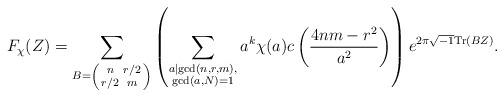
LaTeX: \begin{align*} F_{\chi}(Z) = \sum_{B = \left(\begin{smallmatrix} n & r/2 \\ r/2 & m\end{smallmatrix} \right)} \left( \sum_{\substack{a \mid \gcd(n,r,m),\\ \gcd(a,N)=1}} a^k\chi(a) c\left(\frac{4nm-r^2}{a^2}\right) \right) e^{2\pi \sqrt{-1} \mathrm{Tr}(BZ)}.\end{align*}